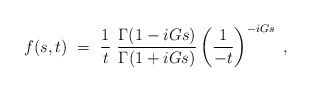
\begin{align*}f(s,t)~=~{1 \over t}~\frac{\Gamma(1-iGs)}{\Gamma(1+iGs)}\left(\frac{1}{-t}\right)^{-iGs}~,\end{align*}